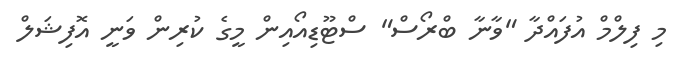
މި ފިލްމް އުފައްދާ "ވާނާ ބްރޯސް" ސްޓޫޑިއޯއިން މީގެ ކުރިން ވަނީ އޮފިޝަލް